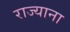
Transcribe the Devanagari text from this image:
राज्याना